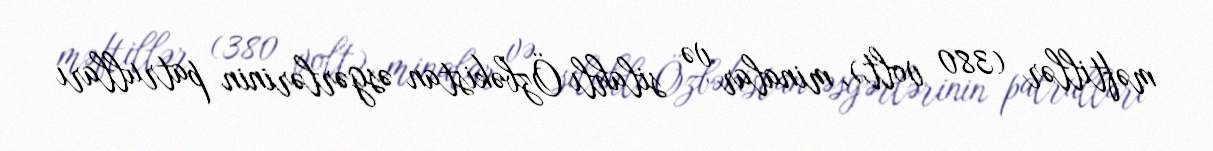
məftillər (380 volt), minalar və silahlı Özbəkistan əsgərlərinin patrulları